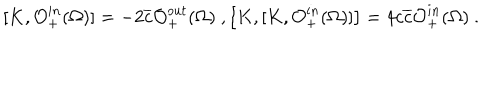
LaTeX: [ K , \mathcal { O } _ { + } ^ { i n } ( \Omega ) ] = - 2 \overline { { { c } } } \mathcal { O } _ { + } ^ { o u t } ( \Omega ) \ , \left[ K , [ K , \mathcal { O } _ { + } ^ { i n } ( \Omega ) ] \right] = 4 c \overline { { { c } } } \mathcal { O } _ { + } ^ { i n } ( \Omega ) \ .